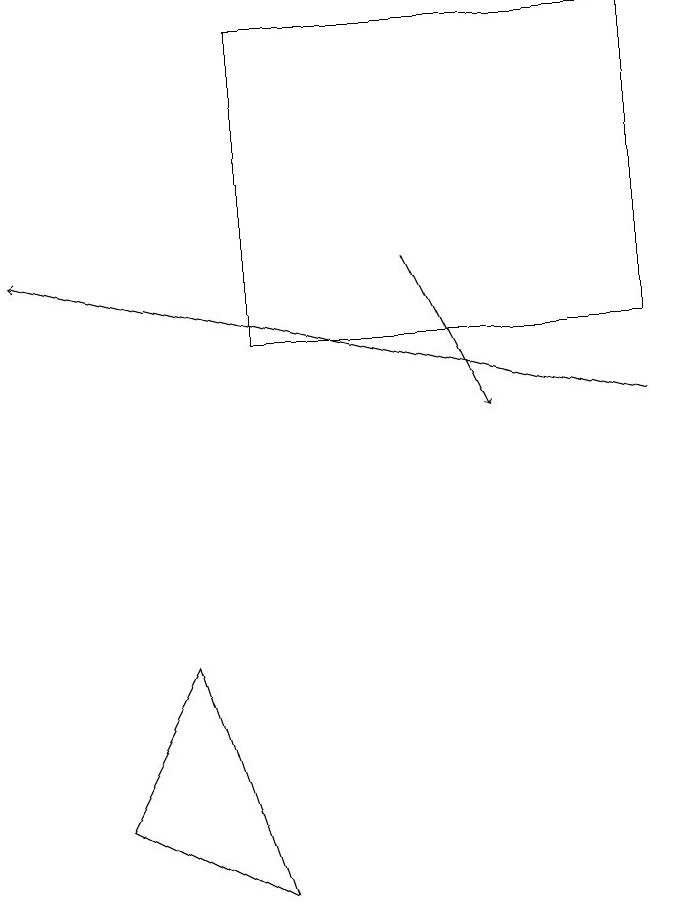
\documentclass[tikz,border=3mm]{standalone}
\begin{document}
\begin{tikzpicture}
\draw[->] (9,10) -- (1,12);
\draw (9,11) rectangle (4,15);
\draw[->] (6,12) -- (7,10);
\draw (2,5) -- (4,4) -- (3,7) -- cycle;
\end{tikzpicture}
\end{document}